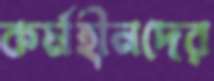
কর্মহীনদের